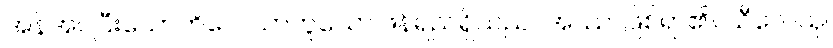
အန်အပ်ပြီးသောကိလေသာဟူသော ဖန်ရည်ရှိသည်။ အဿ၊ ဖြစ်ရာ၏။ သီလေသု၊